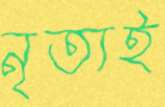
নৃত্যই